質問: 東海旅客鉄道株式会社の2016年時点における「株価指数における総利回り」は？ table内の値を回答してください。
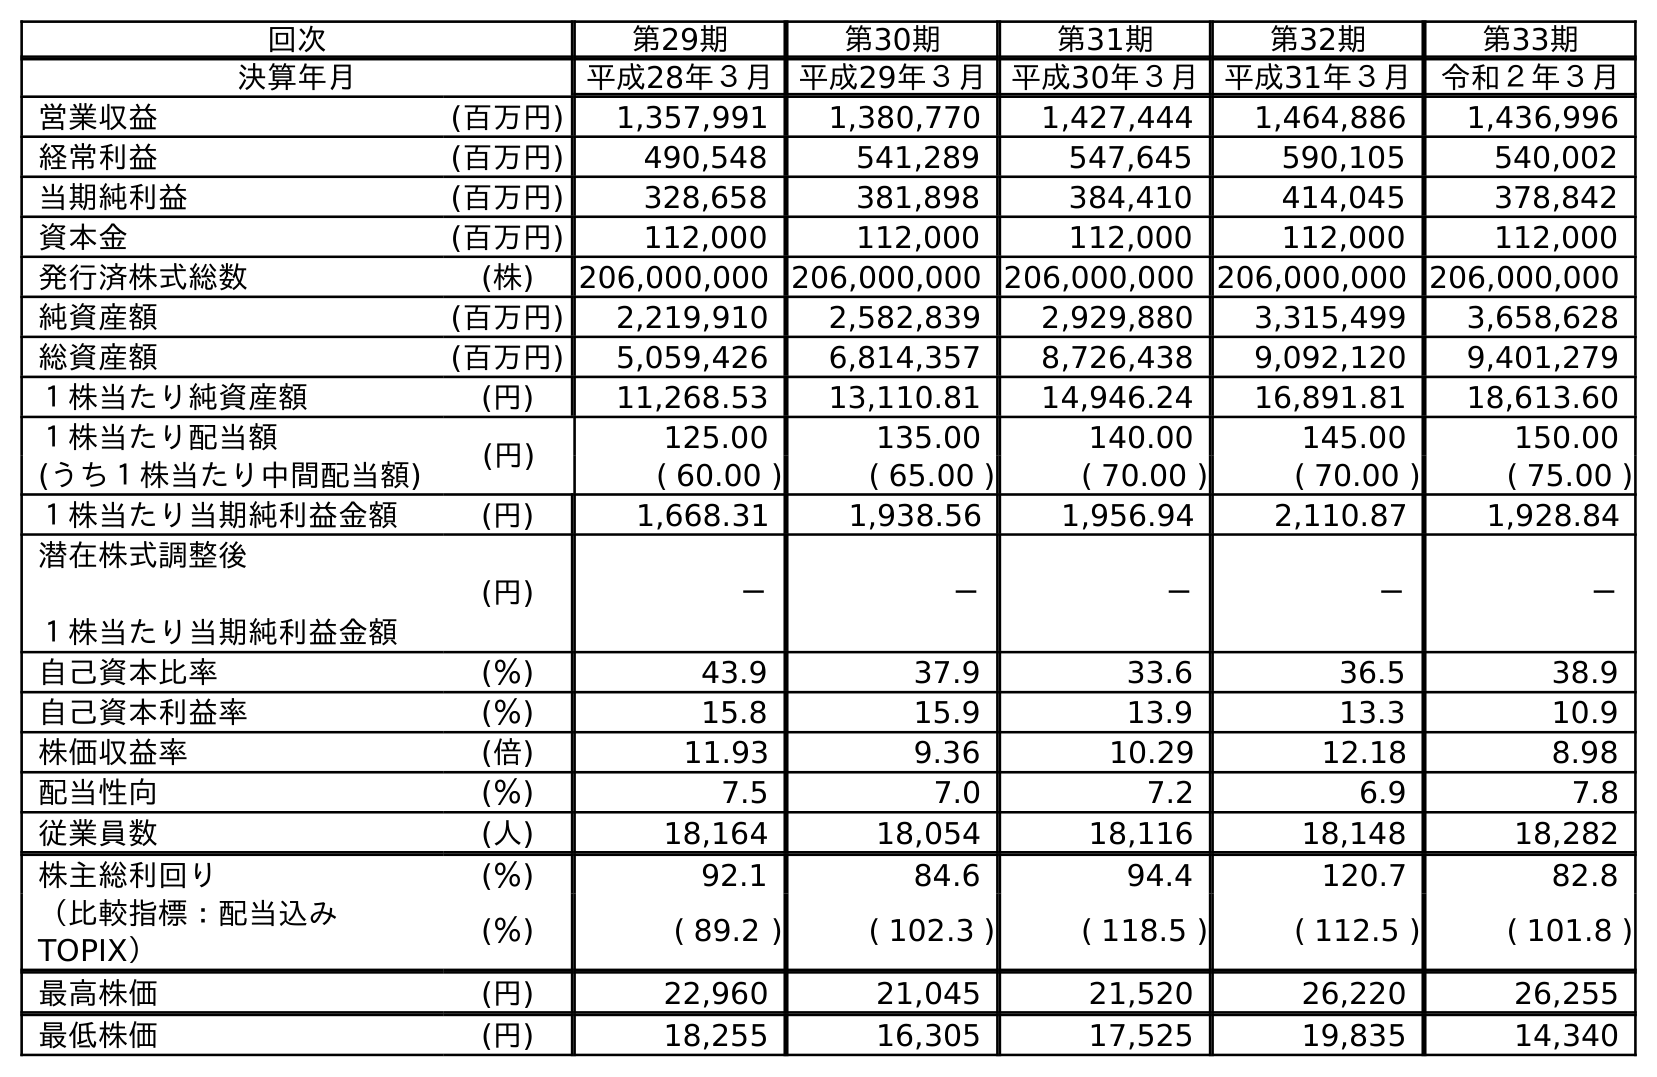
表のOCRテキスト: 回次 第29期 第30期 第31期 第32期 第33期 決算年月 平成28年３月 平成29年３月 平成30年３月 平成31年３月 令和２年３月 営業収益 (百万円) 1,357,991 1,380,770 1,427,444 1,464,886 1,436,996 経常利益 (百万円) 490,548 541,289 547,645 590,105 540,002 当期純利益 (百万円) 328,658 381,898 384,410 414,045 378,842 資本金 (百万円) 112,000 112,000 112,000 112,000 112,000 発行済株式総数 (株) 206,000,000 206,000,000 206,000,000 206,000,000 206,000,000 純資産額 (百万円) 2,219,910 2,582,839 2,929,880 3,315,499 3,658,628 総資産額 (百万円) 5,059,426 6,814,357 8,726,438 9,092,120 9,401,279 １株当たり純資産額 (円) 11,268.53 13,110.81 14,946.24 16,891.81 18,613.60 １株当たり配当額 (円) 125.00 135.00 140.00 145.00 150.00 (うち１株当たり中間配当額) ( 60.00 ) ( 65.00 ) ( 70.00 ) ( 70.00 ) ( 75.00 ) １株当たり当期純利益金額 (円) 1,668.31 1,938.56 1,956.94 2,110.87 1,928.84 潜在株式調整後 １株当たり当期純利益金額 (円) － － － － － 自己資本比率 (％) 43.9 37.9 33.6 36.5 38.9 自己資本利益率 (％) 15.8 15.9 13.9 13.3 10.9 株価収益率 (倍) 11.93 9.36 10.29 12.18 8.98 配当性向 (％) 7.5 7.0 7.2 6.9 7.8 従業員数 (人) 18,164 18,054 18,116 18,148 18,282 株主総利回り (％) 92.1 84.6 94.4 120.7 82.8 （比較指標：配当込み TOPIX） (％) ( 89.2 ) ( 102.3 ) ( 118.5 ) ( 112.5 ) ( 101.8 ) 最高株価 (円) 22,960 21,045 21,520 26,220 26,255 最低株価 (円) 18,255 16,305 17,525 19,835 14,340
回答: (89.2)